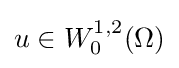
u\in W_{0}^{1,2}(\Omega )